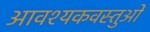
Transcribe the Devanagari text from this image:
आवश्यकवस्तुओं